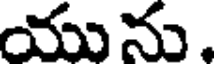
యును,